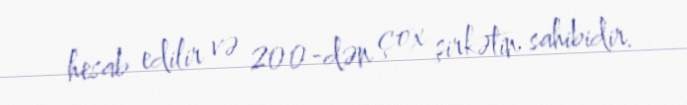
hesab edilir və 200-dən çox şirkətin sahibidir.